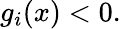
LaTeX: g_{i}(x)<0.